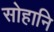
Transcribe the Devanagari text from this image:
सोहानि